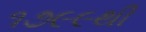
૧૭૯૯થી